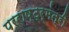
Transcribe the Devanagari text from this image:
परराष्ट्र्मंत्री